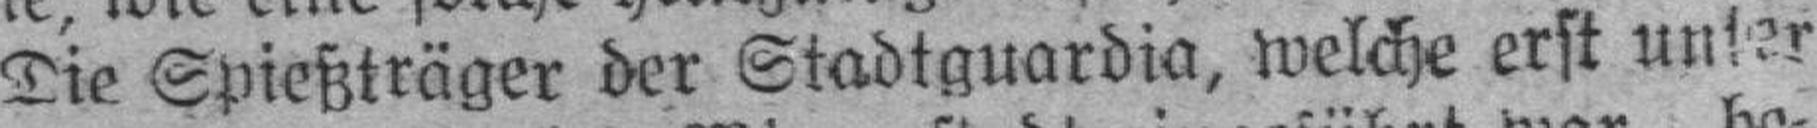
Die Spießträger der Stadtguardia, welche erst unter